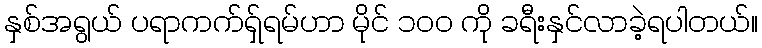
နှစ်အရွယ် ပရာကက်ရှ်ရမ်ဟာ မိုင် ၁၀၀ ကို ခရီးနှင်လာခဲ့ရပါတယ်။